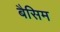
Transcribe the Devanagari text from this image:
बैसिम